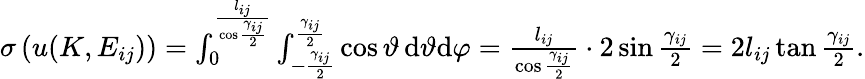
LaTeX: \begin{array}{r}{\sigma\left(u(K,E_{ij})\right)=\int_{0}^{\frac{l_{ij}}{\cos{\frac{\gamma_{ij}}2}}}\int_{-\frac{\gamma_{ij}}2}^{\frac{\gamma_{ij}}2}\cos\vartheta\, \mathrm{d}\vartheta\mathrm{d}\varphi=\frac{l_{ij}}{\cos{\frac{\gamma_{ij}}2}}\cdot 2\sin{\frac{\gamma_{ij}}2}=2l_{ij}\tan{\frac{\gamma_{ij}}2}.}\end{array}